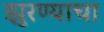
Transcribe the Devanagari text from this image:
झुरण्याचा